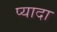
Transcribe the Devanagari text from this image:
प्‍यादा